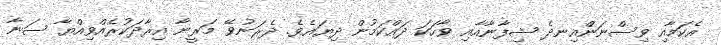
އެކަމާއި ވިސްނަންއިނދެ ޝިފާނާއާއި ވާހަކަ ދައްކަމުން ދިޔައެވެ. ދެރަނުވޭ މަރީނާ އިރާދަކުރެއްވިއްޔާ ސަނާ